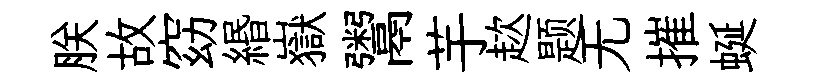
朕故窈緡嶽鬻芋趑题无摧蜒